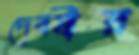
দেবর্ষীর